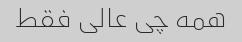
همه چی عالی فقط